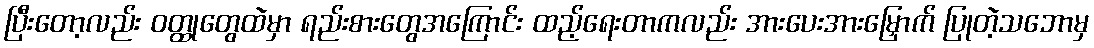
ပြီးတော့လည်း ဝတ္ထုတွေထဲမှာ ရည်းစားတွေအကြောင်း ထည့်ရေးတာကလည်း အားပေးအားမြှောက် ပြုတဲ့သဘောမှ